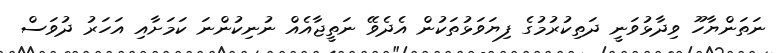
ނަތަންޔާހޫ ވިދާޅުވަނީ ދަތިކުރުމުގެ ފިޔަވަޅުތަކުން އެދެވޭ ނަތީޖާއެއް ނުނިކުންނަ ކަމަށާއި އަހަރު ދުވަސް